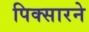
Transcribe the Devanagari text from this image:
पिक्सारने